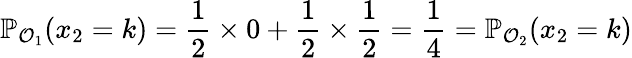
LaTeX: \mathbb{P}_{\mathcal{O}_{1}}(x_{2}=k)=\frac{1}{2}\times 0+\frac{1}{2}\times\frac{1}{2}=\frac{1}{4}=\mathbb{P}_{\mathcal{O}_{2}}(x_{2}=k)